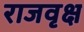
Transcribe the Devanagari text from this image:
राजवृक्ष